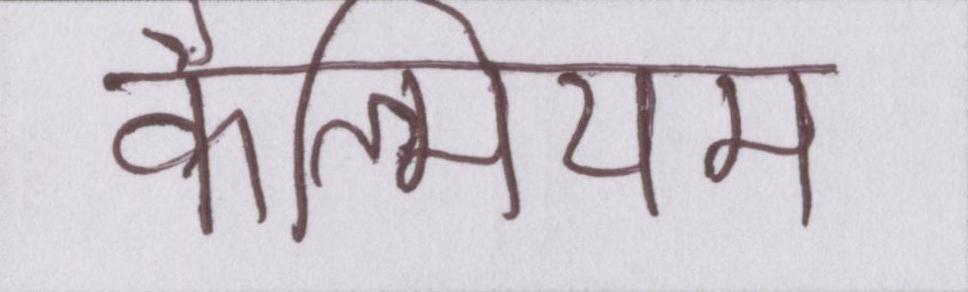
कैल्सियम